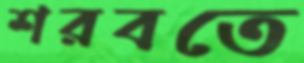
শরবতে